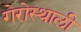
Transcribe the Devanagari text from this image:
गेरोस्थाली